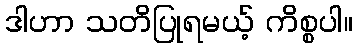
ဒါဟာ သတိပြုရမယ့် ကိစ္စပါ။